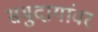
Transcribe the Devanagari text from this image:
समुदायांवर